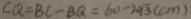
C Q = B C - B Q = 6 0 - 2 \sqrt { 3 } ( c m )